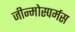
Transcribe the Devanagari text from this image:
जीन्मोस्पर्मस